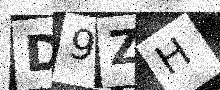
Text: D9ZH